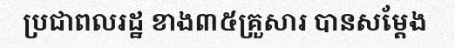
ប្រជាពលរដ្ឋ ខាង៣៥គ្រួសារ បានសម្តែង